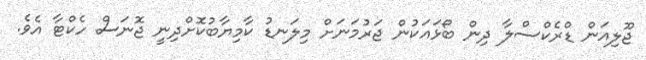
ޖޫލިއަން ޑްރެކްސްލާ ދިން ބޯޅައަކުން ޖަރުމަނަށް މިލަނޑު ކާމިޔާބުކޮށްދިނީ ޖޮނަސް ހެކްޓާ އެވެ.